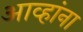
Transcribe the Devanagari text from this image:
आव्हांना